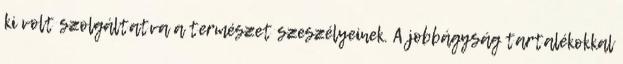
ki volt szolgáltatva a természet szeszélyeinek. A jobbágyság tartalékokkal